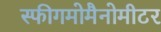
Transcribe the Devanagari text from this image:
स्फीगमोमैनोमीटर